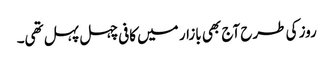
روز کی طرح آج بھی بازار میں کافی چہل پہل تھی۔